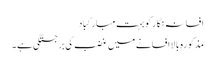
افسانہ نگار کو بہت مبارکباد
مذکورہ بالا افسانے میں غضب کی برجستگی ہے ۔